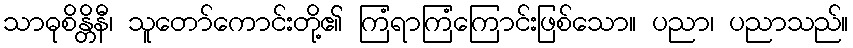
သာဓုစိန္တိနီ၊ သူတော်ကောင်းတို့၏ ကြံရာကြံကြောင်းဖြစ်သော။ ပညာ၊ ပညာသည်။